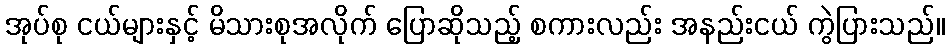
အုပ်စု ငယ်များနှင့် မိသားစုအလိုက် ပြောဆိုသည့် စကားလည်း အနည်းငယ် ကွဲပြားသည်။